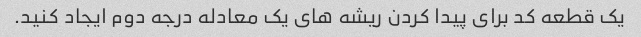
یک قطعه کد برای پیدا کردن ریشه های یک معادله درجه دوم ایجاد کنید.